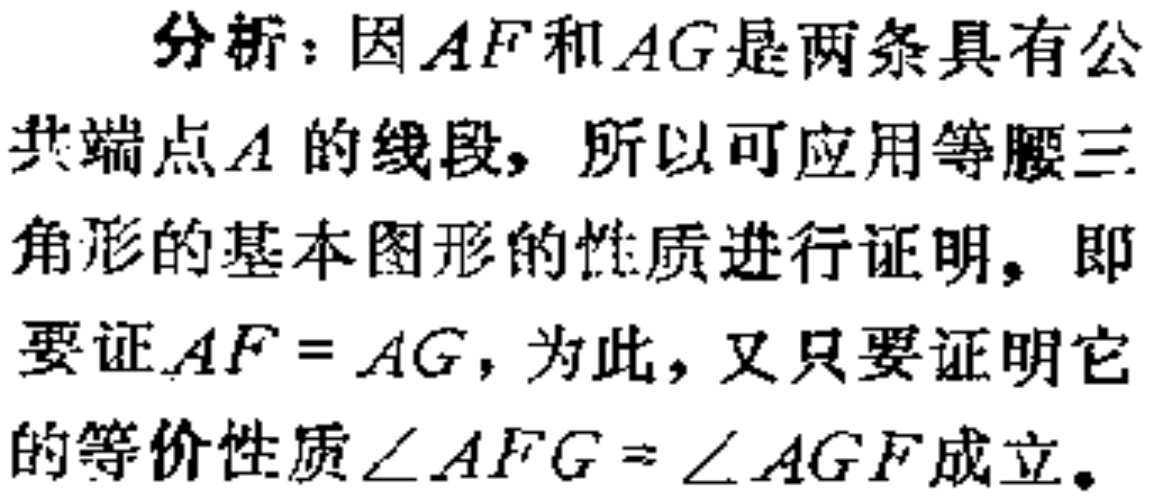
分析：因\(AF\)和\(AG\)是两条具有公共端点\(A\)的线段，所以可应用等腰三角形的基本图形的性质进行证明，即要证\(AF = AG\)，为此，又只要证明它的等价性质\(\angle AFG=\angle AGF\)成立。